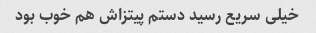
خیلی سریع رسید دستم پیتزاش هم خوب بود